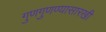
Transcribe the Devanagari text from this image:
गुणगुणण्यासारखी